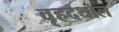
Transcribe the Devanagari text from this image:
वृहदथाल